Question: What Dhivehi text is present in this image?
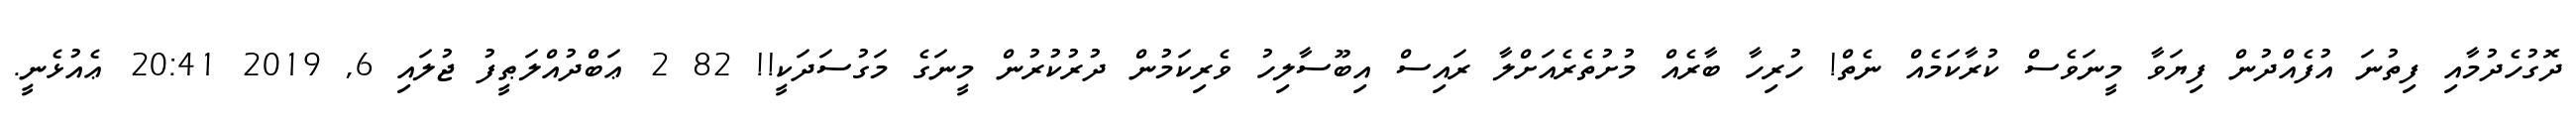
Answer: ދޮގުހެދުމާއި ފިތުނަ އުފެއްދުން ފިޔަވާ މީނަވެސް ކުރާކަމެއް ނެތް! ހުރިހާ ބާރެއް މުށުތެރެއަށްލާ ރައިސް އިބޫސާލިހު ވެރިކަމުން ދުރުކުރުން މީނަގެ މަގުސަދަކީ!! 82 2 ޢަބްދުއްލަޠީފު ޖުލައި 6, 2019 20:41 ޢެއުޅެނީ.